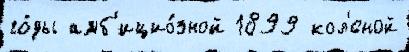
го́ды амб'ицио́зной 1899 кол'́сной